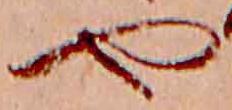
や